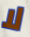
لا